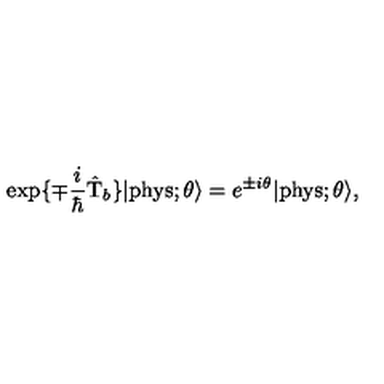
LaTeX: \exp \{ \mp \frac { i } { \hbar } \hat { \mathrm { T } } _ { b } \} | \mathrm { p h y s } ; \theta \rangle = e ^ { \pm i \theta } | \mathrm { p h y s } ; \theta \rangle ,